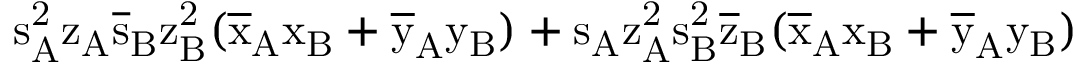
\mathrm { s _ { A } ^ { 2 } \mathrm { z _ { A } \mathrm { \overline { { s } } _ { B } \mathrm { z _ { B } ^ { 2 } ( \mathrm { \overline { { x } } _ { A } \mathrm { x _ { B } + \mathrm { \overline { { y } } _ { A } \mathrm { y _ { B } ) + \mathrm { s _ { A } \mathrm { z _ { A } ^ { 2 } \mathrm { s _ { B } ^ { 2 } \mathrm { \overline { { z } } _ { B } ( \mathrm { \overline { { x } } _ { A } \mathrm { x _ { B } + \mathrm { \overline { { y } } _ { A } \mathrm { y _ { B } ) } } } } } } } } } } } } } } } }